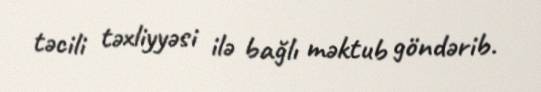
təcili təxliyyəsi ilə bağlı məktub göndərib.